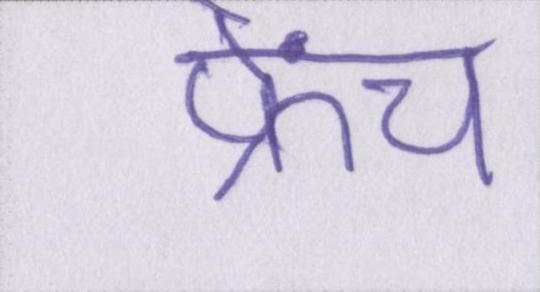
फ्रेंच